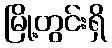
မြို့တွင်းရှိ